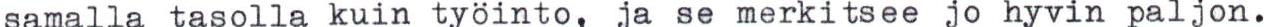
samalla tasolla kuin työinto, ja se merkitsee jo hyvin paljon.